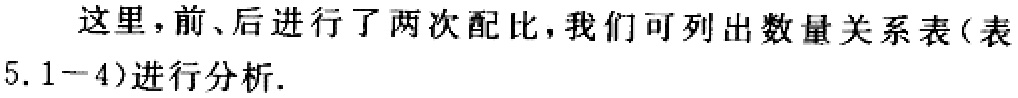
这里，前、后进行了两次配比，我们可列出数量关系表(表5.1−4)进行分析.